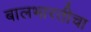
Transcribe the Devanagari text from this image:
बालभारतीचा